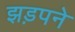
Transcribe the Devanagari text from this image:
झड़पने